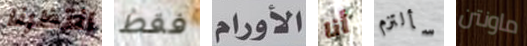
انتظرنا فقط الأورام أنا سألتزم ماونتن